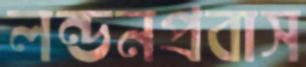
লন্ডনপ্রবাস